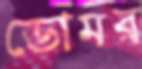
ডোমর